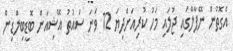
އެގޮތުން ނޭޕާލްގައި ޖުލައި މަހު ކުރިއަށްދިޔަ 12 ވަނަ ސައުތު އޭޝިއަން ބޮޑީބިލްޑިން